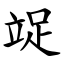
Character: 䇍